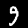
Digit: 9